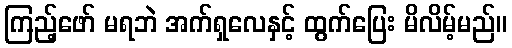
ကြည့်ဖော် မရဘဲ အက်ရှလေနှင့် ထွက်ပြေး မိလိမ့်မည်။